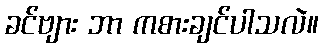
ခင်ဗျား ဘာ ကစားချင်ပါသလဲ။